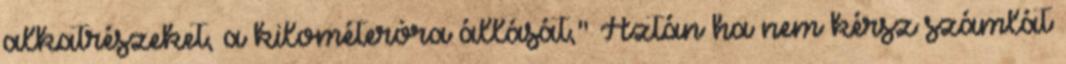
alkatrészeket, a kilométeróra állását," Aztán ha nem kérsz számlát